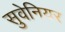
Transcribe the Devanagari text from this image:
सुवेनियर